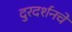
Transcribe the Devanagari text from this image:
दुरदर्शनचे